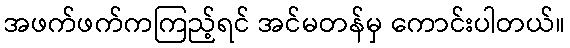
အဖက်ဖက်ကကြည့်ရင် အင်မတန်မှ ကောင်းပါတယ်။